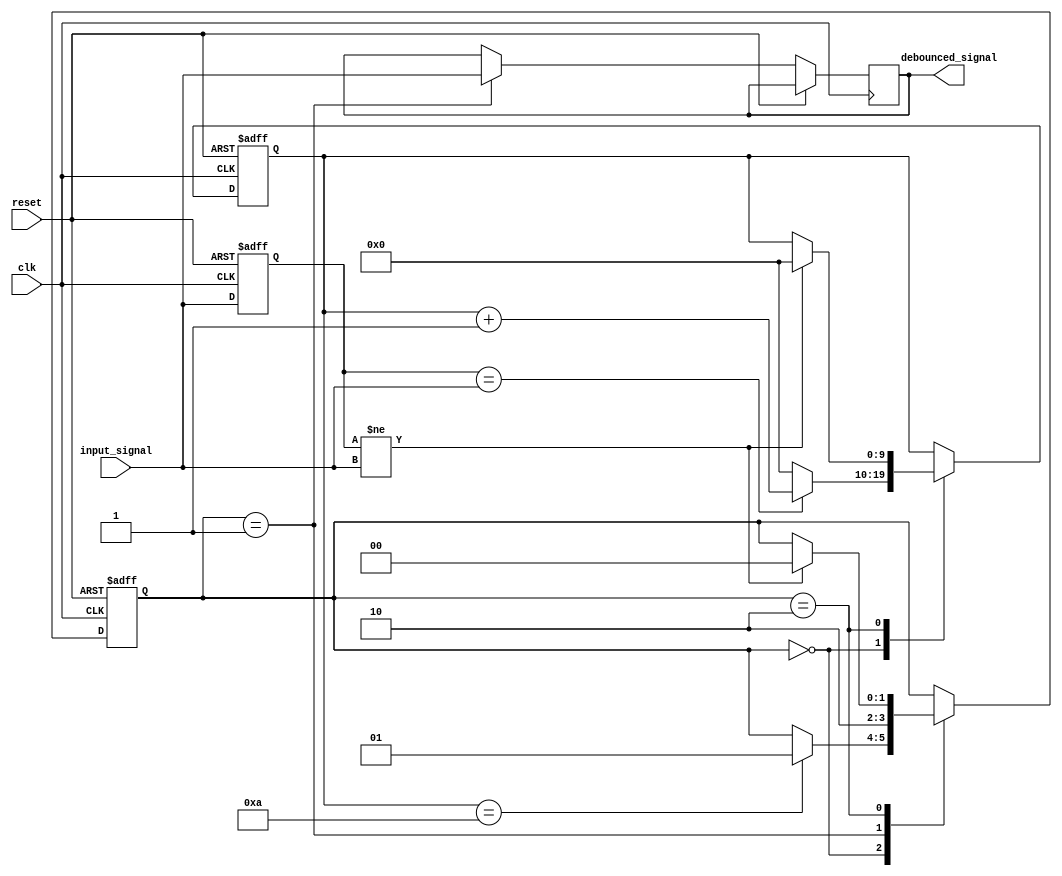
module debounce_circuit (
    input wire clk,
    input wire reset,
    input wire input_signal,
    output reg debounced_signal
);

parameter DEBOUNCE_CYCLES = 10;

reg [DEBOUNCE_CYCLES-1:0] counter;
reg prev_input_signal;
reg [1:0] state;

always @(posedge clk or posedge reset) begin
    if(reset) begin
        counter <= 0;
        prev_input_signal <= 0;
        state <= 0;
    end else begin
        prev_input_signal <= input_signal;

        case(state)
            0: begin
                if(prev_input_signal == input_signal) begin
                    counter <= counter + 1;
                end else begin
                    counter <= 0;
                end

                if(counter == DEBOUNCE_CYCLES) begin
                    state <= 1;
                end
            end

            1: begin
                debounced_signal <= input_signal;
                state <= 2;
            end

            2: begin
                if(prev_input_signal != input_signal) begin
                    counter <= 0;
                    state <= 0;
                end
            end
        endcase
    end
end

endmodule